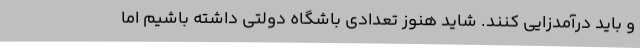
و باید درآمدزایی کنند. شاید هنوز تعدادی باشگاه دولتی داشته باشیم اما